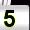
Digit: 5